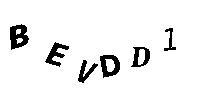
BEVDD1